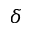
\delta